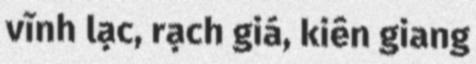
vĩnh lạc, rạch giá, kiên giang